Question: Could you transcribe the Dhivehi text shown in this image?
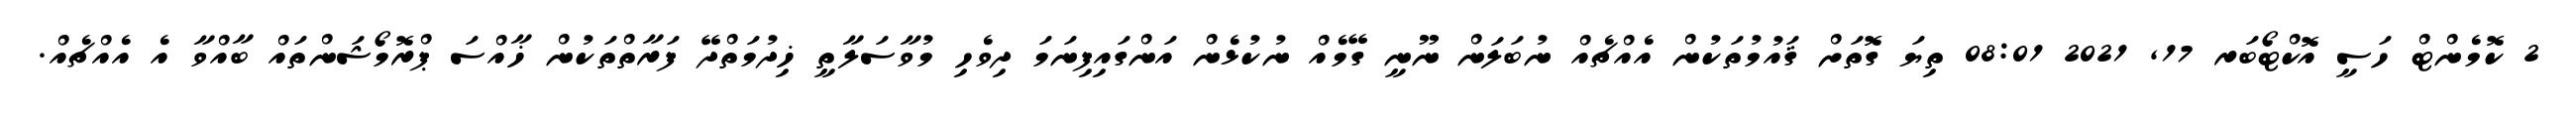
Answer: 2 ކޮމެންޓް ހަސީ އޮކްޓޯބަރ 17, 2021 08:01 ތިޔަ ގޮތަށް ޤައުމުތަކުން އެއްޗެއް ނުބަލަން ނޫނީ ގޭމެއް ނުކުޅެން އަންގައިފިނަމަ ދިވެހި މުވާސަލާތީ ޚިދުމަތްދޭ ފަރާތްތަކުން ޚާއްސަ ޕްރޮމޯޝަންތައް ބާއްވާ އެ އެއްޗެއް.